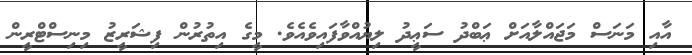
އާއި މަނަސް މަޖައްލާއަށް ޢަބްދު ސަޢީދު ލިޔުއްވާފައިވެއެވެ. މީގެ އިތުރުން ފިޝަރީޒު މިނިސްޓްރީން